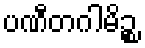
ပဏီတဂါမိဉ္စ